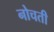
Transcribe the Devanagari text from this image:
नोचती